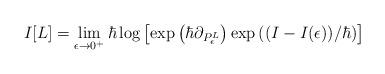
LaTeX: \begin{align*} I[L] = \lim_{\epsilon \to 0^+} \hbar \log \left[\exp\left(\hbar \partial_{P_\epsilon^L}\right)\exp\left((I - I(\epsilon))/\hbar\right)\right]\end{align*}